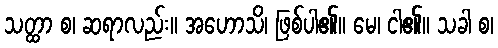
သတ္ထာ စ၊ ဆရာလည်း။ အဟောသိ၊ ဖြစ်ပါ၏။ မေ၊ ငါ၏။ သခါ စ၊